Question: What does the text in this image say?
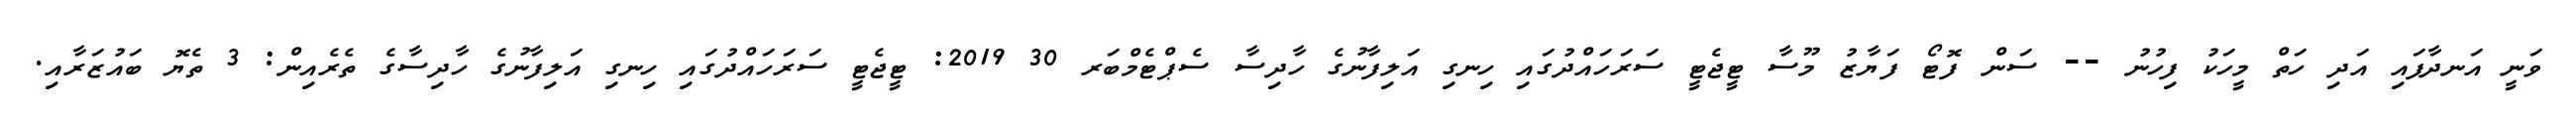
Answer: ވަނީ އަނދާފައި އަދި ހަތް މީހަކު ފިހުނު -- ސަން ފޮޓޯ ފަޔާޒު މޫސާ ޓީޖެޓީ ސަރަހައްދުގައި ހިނގި އަލިފާނުގެ ހާދިސާ ސެޕްޓެމްބަރ 30 2019: ޓީޖެޓީ ސަރަހައްދުގައި ހިނގި އަލިފާނުގެ ހާދިސާގެ ތެރެއިން: 3 ތެޔޮ ބައުޒަރާއި.